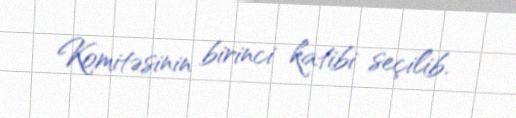
Komitəsinin birinci katibi seçilib.